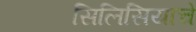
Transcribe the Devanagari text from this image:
सिलिसियाचे